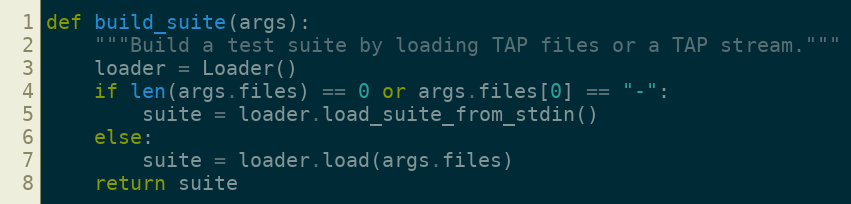
Language: Python
def build_suite(args):
    """Build a test suite by loading TAP files or a TAP stream."""
    loader = Loader()
    if len(args.files) == 0 or args.files[0] == "-":
        suite = loader.load_suite_from_stdin()
    else:
        suite = loader.load(args.files)
    return suite